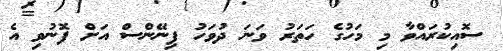
ސޮއިކުރައްވާ މި މަހުގެ ހަތަރު ވަނަ ދުވަހު ފިނޭންސް އަށް ފޮނުވި އެ